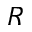
R